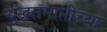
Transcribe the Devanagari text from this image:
युद्धसमाप्तीच्या